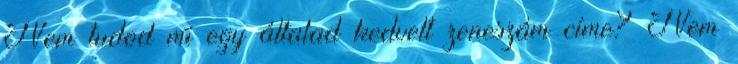
Nem tudod mi egy általad kedvelt zeneszám címe? Nem